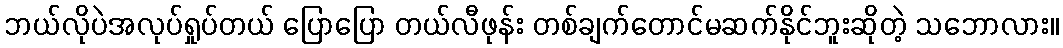
ဘယ်လိုပဲအလုပ်ရှုပ်တယ် ပြောပြော တယ်လီဖုန်း တစ်ချက်တောင်မဆက်နိုင်ဘူးဆိုတဲ့ သဘောလား။